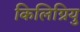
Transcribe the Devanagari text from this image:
किलिग्रियु